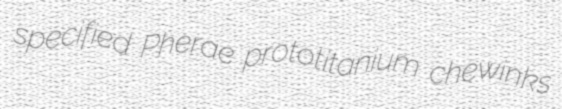
specified Pherae prototitanium chewinks